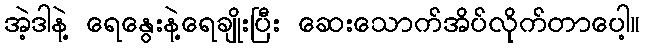
အဲ့ဒါနဲ့ ရေနွေးနဲ့ရေချိုးပြီး ဆေးသောက်အိပ်လိုက်တာပေါ့။